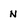
Character: N